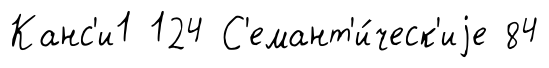
Канс'и1 124 С'емант'и́ческ'иjе 84